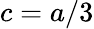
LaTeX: c=a/3